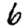
Digit: 6